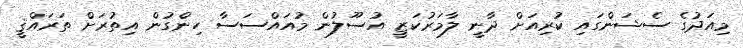
މިއަދުގެ ސެޝަންގައި ކުރިއަށް ދާނީ ލާމަރުކަޒީ އުސޫލުން މުއައްސަސާ ހިންގުން އިތުރަށް ތަރައްޤީ